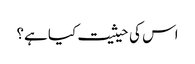
اس کی حیثیت کیا ہے؟